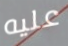
عليه